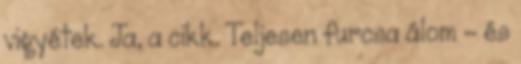
vigyétek. Ja, a cikk. Teljesen furcsa álom – és